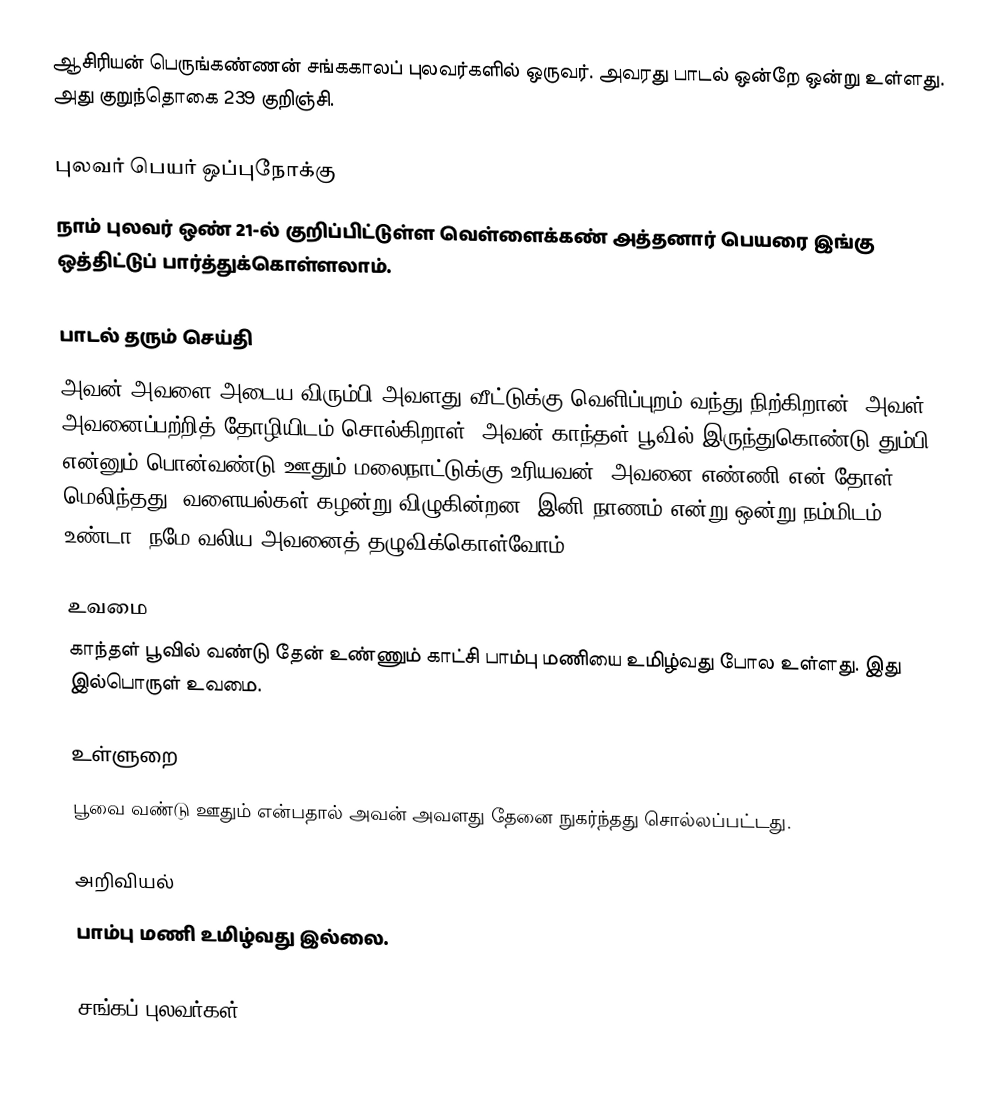
ஆசிரியன் பெருங்கண்ணன் சங்ககாலப் புலவர்களில் ஒருவர். அவரது பாடல் ஒன்றே ஒன்று உள்ளது. அது குறுந்தொகை 239 குறிஞ்சி.

புலவர் பெயர் ஒப்புநோக்கு
நாம் புலவர் ஒண் 21-ல் குறிப்பிட்டுள்ள வெள்ளைக்கண் அத்தனார் பெயரை இங்கு ஒத்திட்டுப் பார்த்துக்கொள்ளலாம்.

பாடல் தரும் செய்தி
அவன் அவளை அடைய விரும்பி அவளது வீட்டுக்கு வெளிப்புறம் வந்து நிற்கிறான். அவள் அவனைப்பற்றித் தோழியிடம் சொல்கிறாள். அவன் காந்தள் பூவில் இருந்துகொண்டு தும்பி என்னும் பொன்வண்டு ஊதும் மலைநாட்டுக்கு உரியவன். அவனை எண்ணி என் தோள் மெலிந்தது. வளையல்கள் கழன்று விழுகின்றன. இனி நாணம் என்று ஒன்று நம்மிடம் உண்டா? நமே வலிய அவனைத் தழுவிக்கொள்வோம்.

உவமை
காந்தள் பூவில் வண்டு தேன் உண்ணும் காட்சி பாம்பு மணியை உமிழ்வது போல உள்ளது. இது இல்பொருள் உவமை.

உள்ளுறை
பூவை வண்டு ஊதும் என்பதால் அவன் அவளது தேனை நுகர்ந்தது சொல்லப்பட்டது.

அறிவியல்
பாம்பு மணி உமிழ்வது இல்லை.

சங்கப் புலவர்கள்